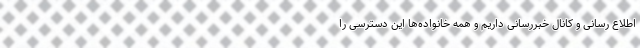
اطلاع رسانی و کانال خبررسانی داریم و همه خانواده‌ها این دسترسی را